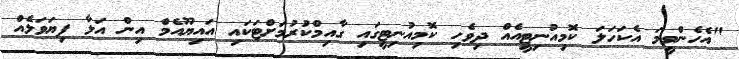
"އެހެންވީމަ އެކަހަލަ ކޮމިއުނިޓީއެއް ދިވެހި ކޮމިއުނިޓީގައި ގާއިމްކުރުމަށްޓަކައި އައިޔޫއެމް އިން އަޅާ ފިޔަވަޅެއް